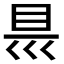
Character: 𭾡